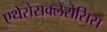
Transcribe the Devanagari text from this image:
एथेरोसक्लेरोसिस